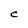
Character: C